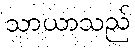
သာယာသည်